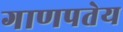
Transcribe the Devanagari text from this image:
गाणपतेय